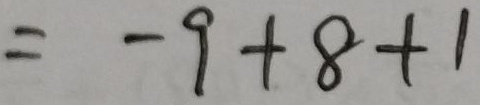
= - 9 + 8 + 1